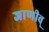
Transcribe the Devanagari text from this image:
जाणीव्